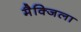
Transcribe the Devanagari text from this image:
मैक्जिला